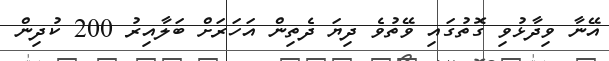
އޭނާ ވިދާޅުވި ގޮތުގައި ވޭތުވެ ދިޔަ ދެތިން އަހަރަށް ބަލާއިރު 200 ކުދިން